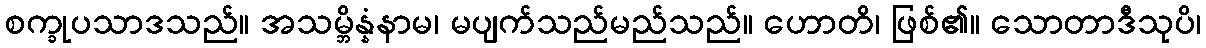
စက္ခုပသာဒသည်။ အသမ္ဘိန္နံနာမ၊ မပျက်သည်မည်သည်။ ဟောတိ၊ ဖြစ်၏။ သောတာဒီသုပိ၊